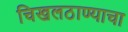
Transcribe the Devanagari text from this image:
चिखलठाण्याचा